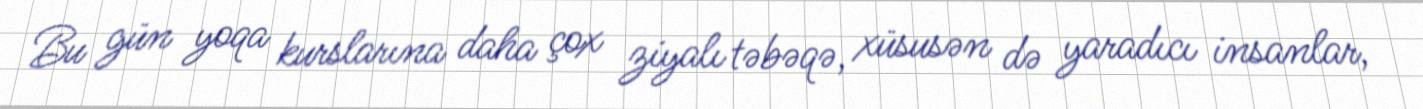
Bu gün yoqa kurslarına daha çox ziyalı təbəqə, xüsusən də yaradıcı insanlar,